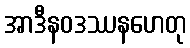
အာဒီနဝဒဿနဟေတု